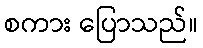
စကား ပြောသည်။